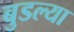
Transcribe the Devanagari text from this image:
बुडल्या